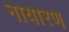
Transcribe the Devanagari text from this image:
नायारण